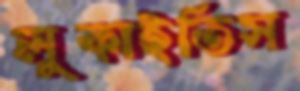
লুকাইতিস